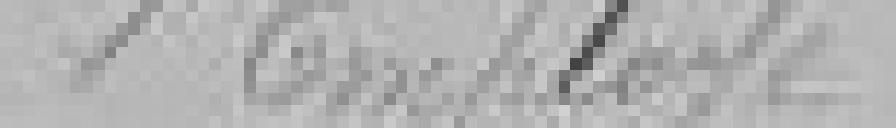
1 Employé